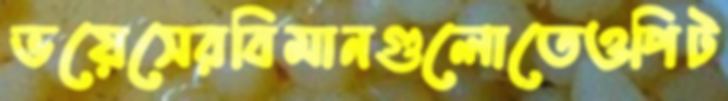
ভয়েসেরবিমানগুলোতেওপিট